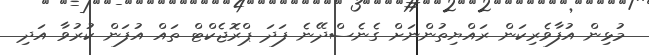
މުޅިން އުފާވެރިކަން ރައްޔިތުންނަށް ގެނެސްދޭނެ ފަދަ ޕްރޮޖެކްޓް ތައް އުފަން ކުރުވާ އަދި